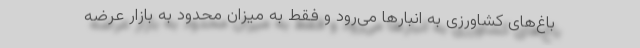
باغ‌های کشاورزی به انبارها می‌رود و فقط به میزان محدود به بازار عرضه